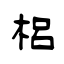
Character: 梠